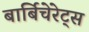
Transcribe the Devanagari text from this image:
बार्बिचेरेट्स